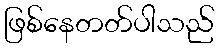
ဖြစ်နေတတ်ပါသည်